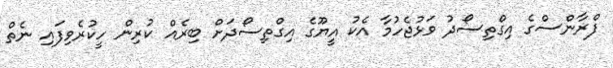
ފްރާންސްގެ އިގްތިސޯދު ވަޅުޖެހުމާ އެކު އީޔޫގެ އިގްތިސޯދަށް ބިރެއް ކުރިން ހީކުރެވިފައި ނެތް